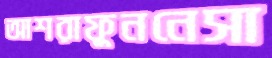
আশরাফুননেসা